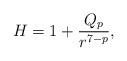
LaTeX: \begin{align*}H = 1 + \frac{Q_p}{r^{7 - p}},\end{align*}